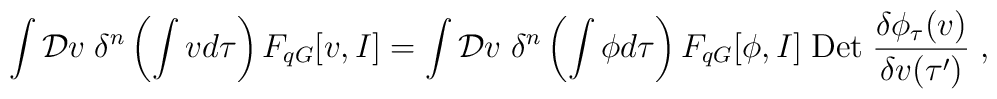
\int {\cal D}v \;\delta^{n}\left(\int v d\tau \right) F_{q G}[v,I]=\int {\cal D}v \;\delta^{n}\left(\int \phi d\tau \right)F_{q G}[\phi,I] \;{\rm Det}\;\frac{\delta \phi_{\tau}(v)}{\delta v(\tau^{\prime})}\; ,